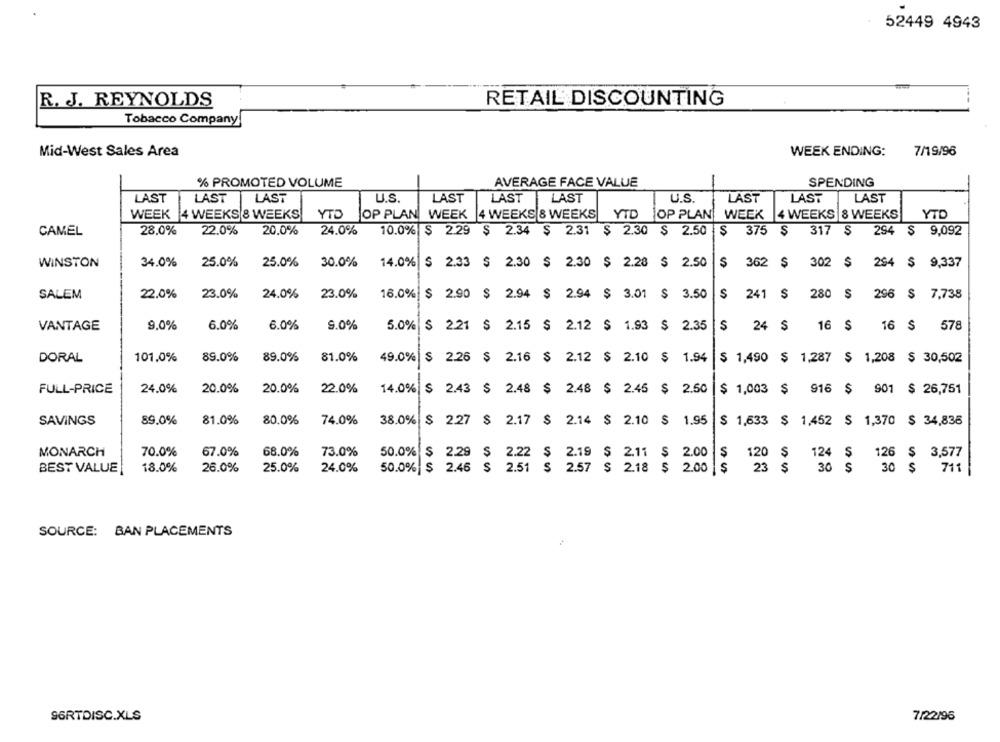
52449 4943
R. J. REYNOLDS
RETAIL DISCOUNTING
Tobacco Company
Mid-West Sales Area
WEEK ENDING:
7/19/96
% PROMOTED VOLUME
AVERAGE FACE VALUE
SPENDING
LAST
LAST
LAST
U.S.
LAST
LAST
LAST
U.S.
LAST
LAST
LAST
WEEK 4 WEEKS 8 WEEKS
YTO
OP PLAN WEEK |4 WEEKS 8 WEEKS
YTD
OP PLAN
WEEK 4 WEEKS 8 WEEKS
YTD
22.0%
20.0%
24.0%
10.0% $ 2.29 $ 2.34 $ 2.31 $ 2.30 $ 2.50 $ 375 $
317 S
CAMEL
28.0%
294 $ 9,092
WINSTON
34.0%
25.0%
25.0%
30.0%
14.0% $ 2.33 $ 2.30 $ 2.30 $ 2.28 $ 2.50
$ 362 $ 302 $
294 $ 9,337
SALEM
22.0%
23.0%
24.0%
23.0%
16.0% $ 2.90 $ 2.94 $ 2.94 $ 3.01 $ 3.50
$
241 $
280 $ 296 $ 7,738
VANTAGE
9,0%
6.0%
6.0%
9.0%
5.0% $ 2.21 $ 2.15 $ 2.12 $ 1.93 $ 2.35
$ 24 $
16 $
16 S
578
101.0%
89.0%
89.0%
81.0%
DORAL
49.0% $ 2.26 $ 2.16 $ 2.12 $ 2.10 $ 1.94
$ 1,490 $ 1,287 $ 1,208 $ 30,502
FULL-PRICE
24.0%
20.0%
20.0%
22.0%
14.0% $ 2.43 $ 2.48 $ 2.48 $ 2.45 $ 2.50
$ 1,003 $ 916 $ 901 $ 26,751
SAVINGS
89.0%
81.0%
80.0%
74.0%
38.0% $ 2.27 $ 2.17 $ 2.14 $ 2.10 $ 1.95
$ 1,633 $ 1,452 $ 1,370 $ 34,836
70.0%
67.0%
68.0%
73.0%
50.0% $ 2.29 $ 2.22 $ 2.19 $ 2.11 $ 2.00
MONARCH
120 $
124 $
126 $ 3,577
50.0% $ 2.46 $ 2.51 S
BEST VALUE
18.0%
26.0%
25.0%
24.0%
2.57 $ 2.18 $ 2.00 $
23
30 $
30 $
711
SOURCE: BAN PLACEMENTS
96RTDISC.XLS
7/22/96